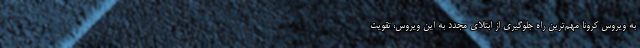
به ویروس کرونا مهم‌ترین راه جلوگیری از ابتلای مجدد به این ویروس، تقویت